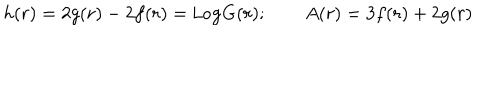
LaTeX: h ( r ) = 2 g ( r ) - 2 f ( r ) = \texttt { L o g } G ( r ) ; \qquad A ( r ) = 3 f ( r ) + 2 g ( r )